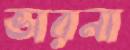
ভারনা